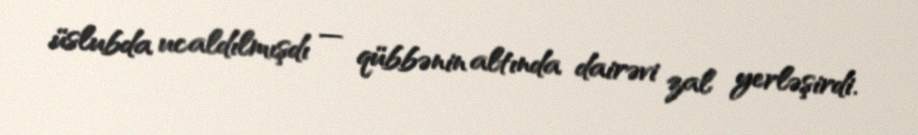
üslubda ucaldılmışdı — qübbənin altında dairəvi zal yerləşirdi.